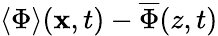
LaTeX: \langle\Phi\rangle({\mathbf{x}},t)-\overline{{\Phi}}(z,t)